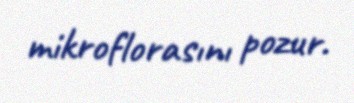
mikroflorasını pozur.